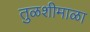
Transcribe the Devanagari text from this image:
तुळशीमाळा